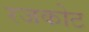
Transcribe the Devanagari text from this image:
रजकोट